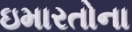
ઇમારતોના